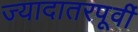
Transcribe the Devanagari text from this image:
ज्यादातरपूर्वी